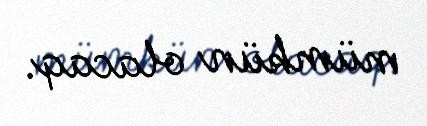
mümkün olacaq.